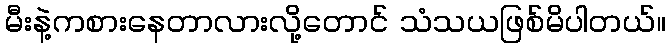
မီးနဲ့ကစားနေတာလားလို့တောင် သံသယဖြစ်မိပါတယ်။